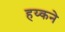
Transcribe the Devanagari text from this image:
हय्कने